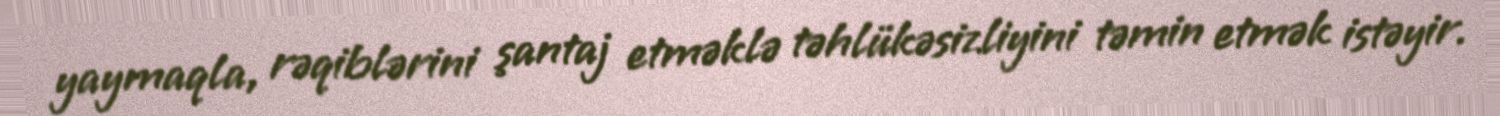
yaymaqla, rəqiblərini şantaj etməklə təhlükəsizliyini təmin etmək istəyir.